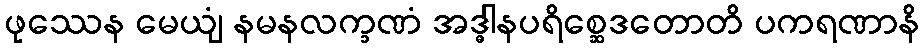
ဖုဿေန မေယျံ နမနလက္ခဏံ အဒ္ဓါနပရိစ္ဆေဒတောတိ ပကရဏာနိ